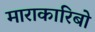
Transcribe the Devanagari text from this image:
माराकारिबो